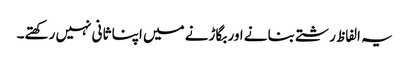
یہ الفاظ رشتے بنانے اور بگاڑنے میں اپنا ثانی نہیں رکھتے۔